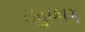
મહાકાગ